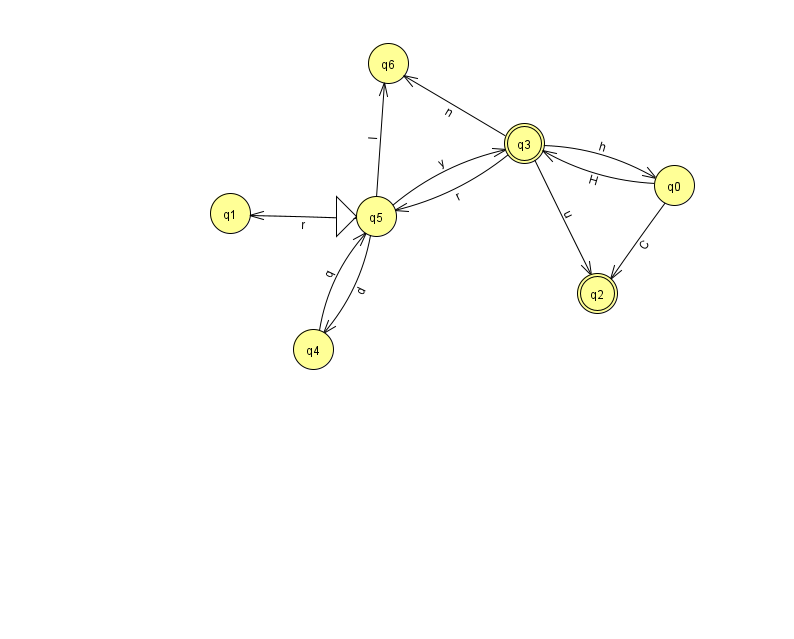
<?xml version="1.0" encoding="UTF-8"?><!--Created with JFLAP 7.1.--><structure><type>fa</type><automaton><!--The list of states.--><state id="0" name="q0"><x>674.0</x><y>172.0</y></state><state id="1" name="q1"><x>230.0</x><y>200.0</y></state><state id="2" name="q2"><x>597.0</x><y>280.0</y><final/></state><state id="3" name="q3"><x>524.0</x><y>130.0</y><final/></state><state id="4" name="q4"><x>313.0</x><y>336.0</y></state><state id="5" name="q5"><x>376.0</x><y>203.0</y><initial/></state><state id="6" name="q6"><x>388.0</x><y>50.0</y></state><!--The list of transitions.--><transition><from>5</from><to>4</to><read>d</read></transition><transition><from>3</from><to>6</to><read>n</read></transition><transition><from>0</from><to>2</to><read>C</read></transition><transition><from>4</from><to>5</to><read>q</read></transition><transition><from>5</from><to>3</to><read>y</read></transition><transition><from>0</from><to>3</to><read>H</read></transition><transition><from>3</from><to>0</to><read>h</read></transition><transition><from>3</from><to>2</to><read>u</read></transition><transition><from>5</from><to>6</to><read>l</read></transition><transition><from>5</from><to>1</to><read>r</read></transition><transition><from>3</from><to>5</to><read>r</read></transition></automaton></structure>